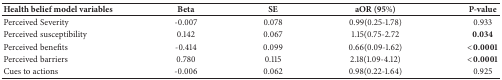
<table><thead><tr><td><b>Health belief model variables</b></td><td><b>Beta</b></td><td><b>SE</b></td><td><b>aOR (95%)</b></td><td><b>P-value</b></td></tr></thead><tbody><tr><td>Perceived Severity</td><td>-0.007</td><td>0.078</td><td>0.99(0.25-1.78)</td><td>0.933</td></tr><tr><td>Perceived susceptibility</td><td>0.142</td><td>0.067</td><td>1.15(0.75-2.72</td><td><b>0.034</b></td></tr><tr><td>Perceived benefits</td><td>-0.414</td><td>0.099</td><td>0.66(0.09-1.62)</td><td><b>&lt;0.0001</b></td></tr><tr><td>Perceived barriers</td><td>0.780</td><td>0.115</td><td>2.18(1.09-4.12)</td><td><b>&lt;0.0001</b></td></tr><tr><td>Cues to actions</td><td>-0.006</td><td>0.062</td><td>0.98(0.22-1.64)</td><td>0.925</td></tr></tbody></table>